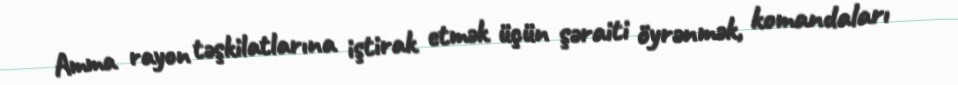
Amma rayon təşkilatlarına iştirak etmək üçün şəraiti öyrənmək, komandaları